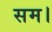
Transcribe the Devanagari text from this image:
सम।